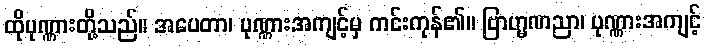
ထိုပုဏ္ဏားတို့သည်။ အပေတာ၊ ပုဏ္ဏားအကျင့်မှ ကင်းကုန်၏။ ဗြာဟ္မဏညာ၊ ပုဏ္ဏားအကျင့်